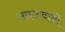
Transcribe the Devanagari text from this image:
नवजवानों